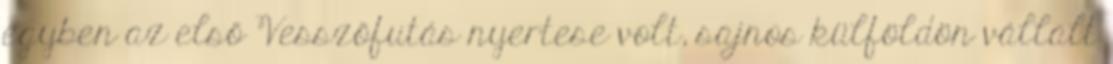
egyben az első Vesszőfutás nyertese volt, sajnos külföldön vállalt